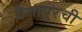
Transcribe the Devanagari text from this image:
वैजापूरची